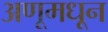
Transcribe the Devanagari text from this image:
अणूमधून